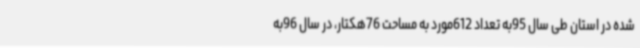
شده در استان طی سال‌ 95به تعداد 612مورد به مساحت 76هکتار، در سال 96به